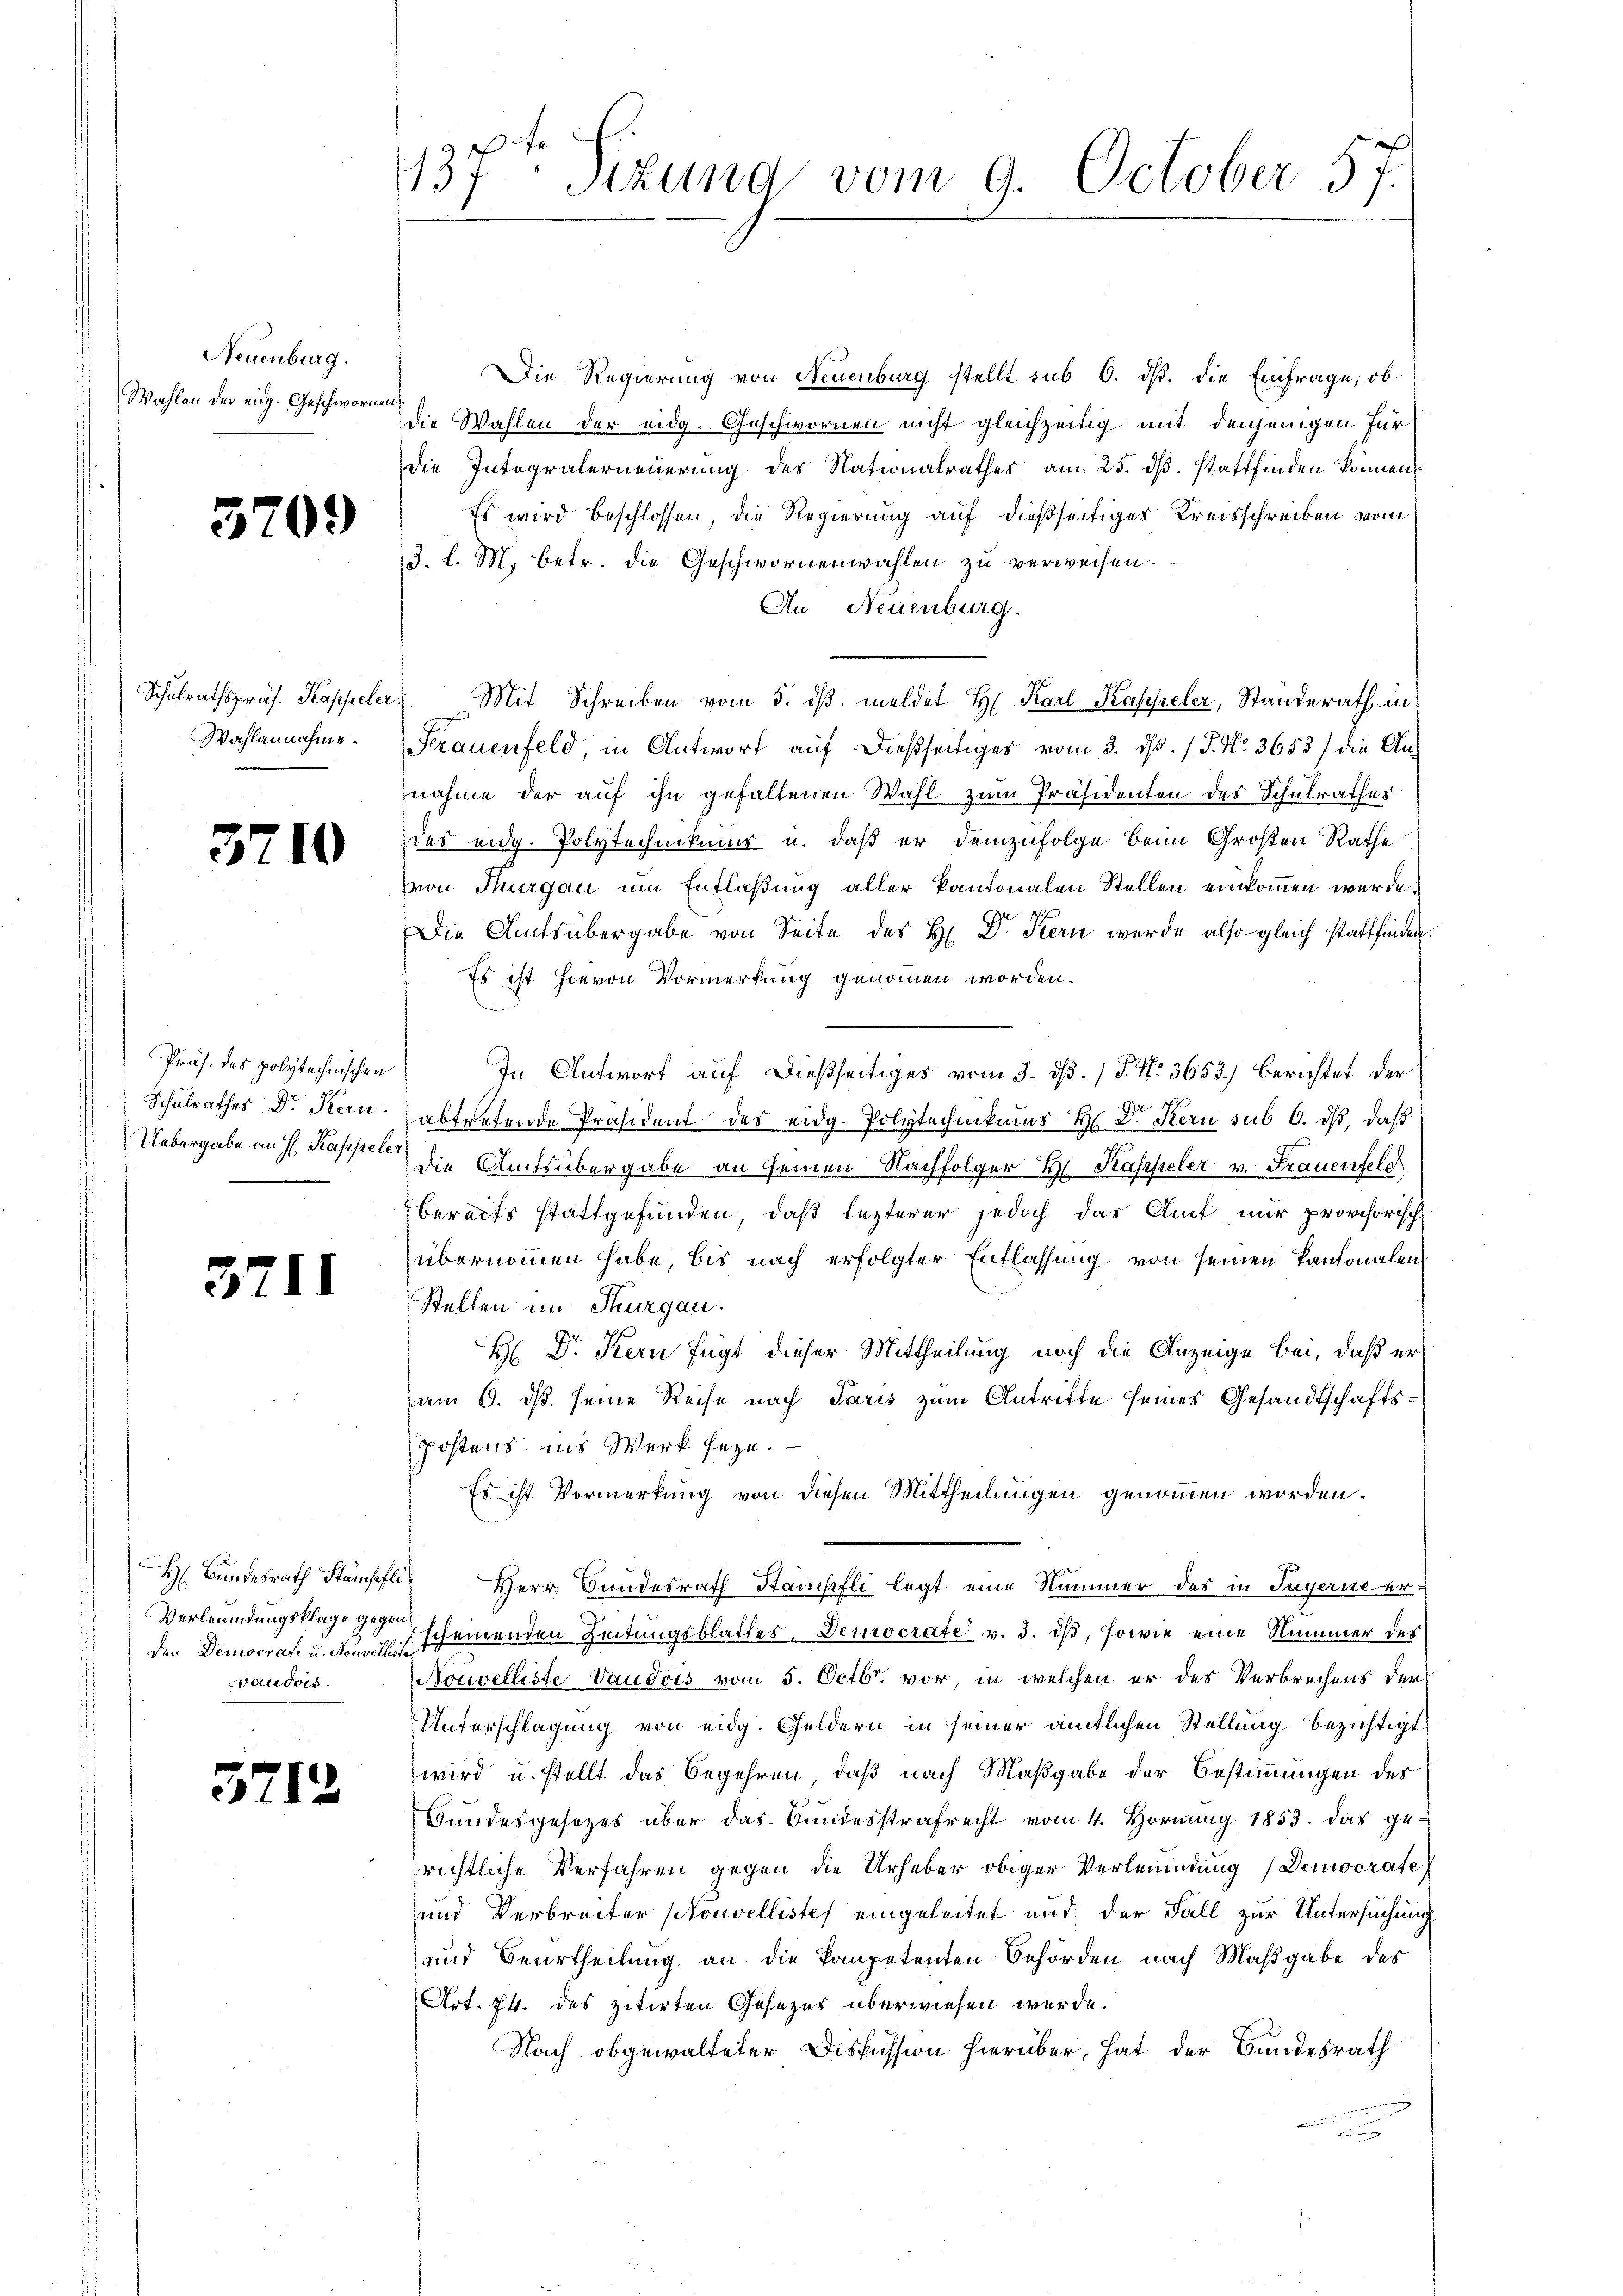
Neuenburg.

5709

Wahlannahme.

37

10

Präs. des polytechnischen

3711

Die Regierung von Neuenburg stellt sub 6. dß. die Einfrage, ob
Wahlen der eing. Geschworen die Wahlen der eidg. Geschwornen nicht gleichzeitig mit denjenigen für
die Integralerneuerung des Nationalrathes am 25. dβ. stattfinden können
Es wird beschlossen, die Regierung auf dießseitiges Kreisschreiben vom
3. l. M. betr. die Geschwornenwahlen zu verweisen.
An Neuenburg.
Schulrathspräs. Kappeler Mit Schreiben vom 5. dβ. meldet H. Karl Kappeler, Standerath in
Frauenfeld, in Antwort auf dießseitiges vom 3. dβ. / P. Nr. 3653) die Annahme der auf ihn gefallenen Wahl zum Präsidenten des Schulrathes
das eidg. Polytechnikus u. daß er demzufolge beim Großen Rathe
von Thurgau um Entlaßung aller kantonalen Stellen einkommen werde.
Die Amtsübergabe von Seite des H. Dr. Kern wurde also gleich stattfinden.
Es ist hievon Vormerkung genommen worden.
In Antwort auf dießseitiger vom 3. dß. / P. Nr. 3653.) Berichtet der
ff
Schulrathes Dr. Kern abtretende Präsident des eidg. Polytechnikums H: Dr. Kern sub 6. ds, daß
Uebergabe auf Kapsel die Amtsübergabe an seinen Nachfolger H. Kappeler v. Frauenfeld
bereits stattgefunden, daß lezterer jedoch das Amt nur provisorisch
übernommen habe, bis nach erfolgter Entlassung von seinen Kantonalen
Stellen im Thurgau.
H Dr. Kern fügt dieser Mittheilung noch die Anzeige bei, daß er
am 6. ds. seine Reise nach Paris zum Antritte seines Gesandtschafts¬
Postens ins Werk seye.
Es ist Vormerkung von diesen Mittheilungen genommen worden.
H Bundesrath Stämpfli Herr Bundesrath Stampfli legt eine Nummer des in Payerne erden Democrate u. den seinenden Zeitungsblattes. Democrate v. 3. ds, sowie eine Nummer des
Nouvelliste Vaudois vom 5. Octbr. vor, in welchen er des Verbrechens der
Unterschlagung von eidg. Geldern in seiner ämtlichen Stellung bezichtigt
wird u. stellt das Begehren, daß nach Maßgabe der Bestimmungen des
Bundesgesetzes über das Bundesstrafrecht vom 4. Hornung 1853. das ge-
richtliche Verfahren gegen die Urheber obiger Verleumdung (Democrate
und Verbreiter prouvellistes eingeleitet und, der Fall zur Untersuchung
und Beurtheilung an die kompetenten Behörden nach Maßgabe des
Art. 74. des zitirten Gesezer überwiesen werde.
Nach obgewalteter Diskussion hierüber, hat der Bundesrath

Verleumdungsklage gegen
waudois.

3712

137: Sizund vom 9. October 57.